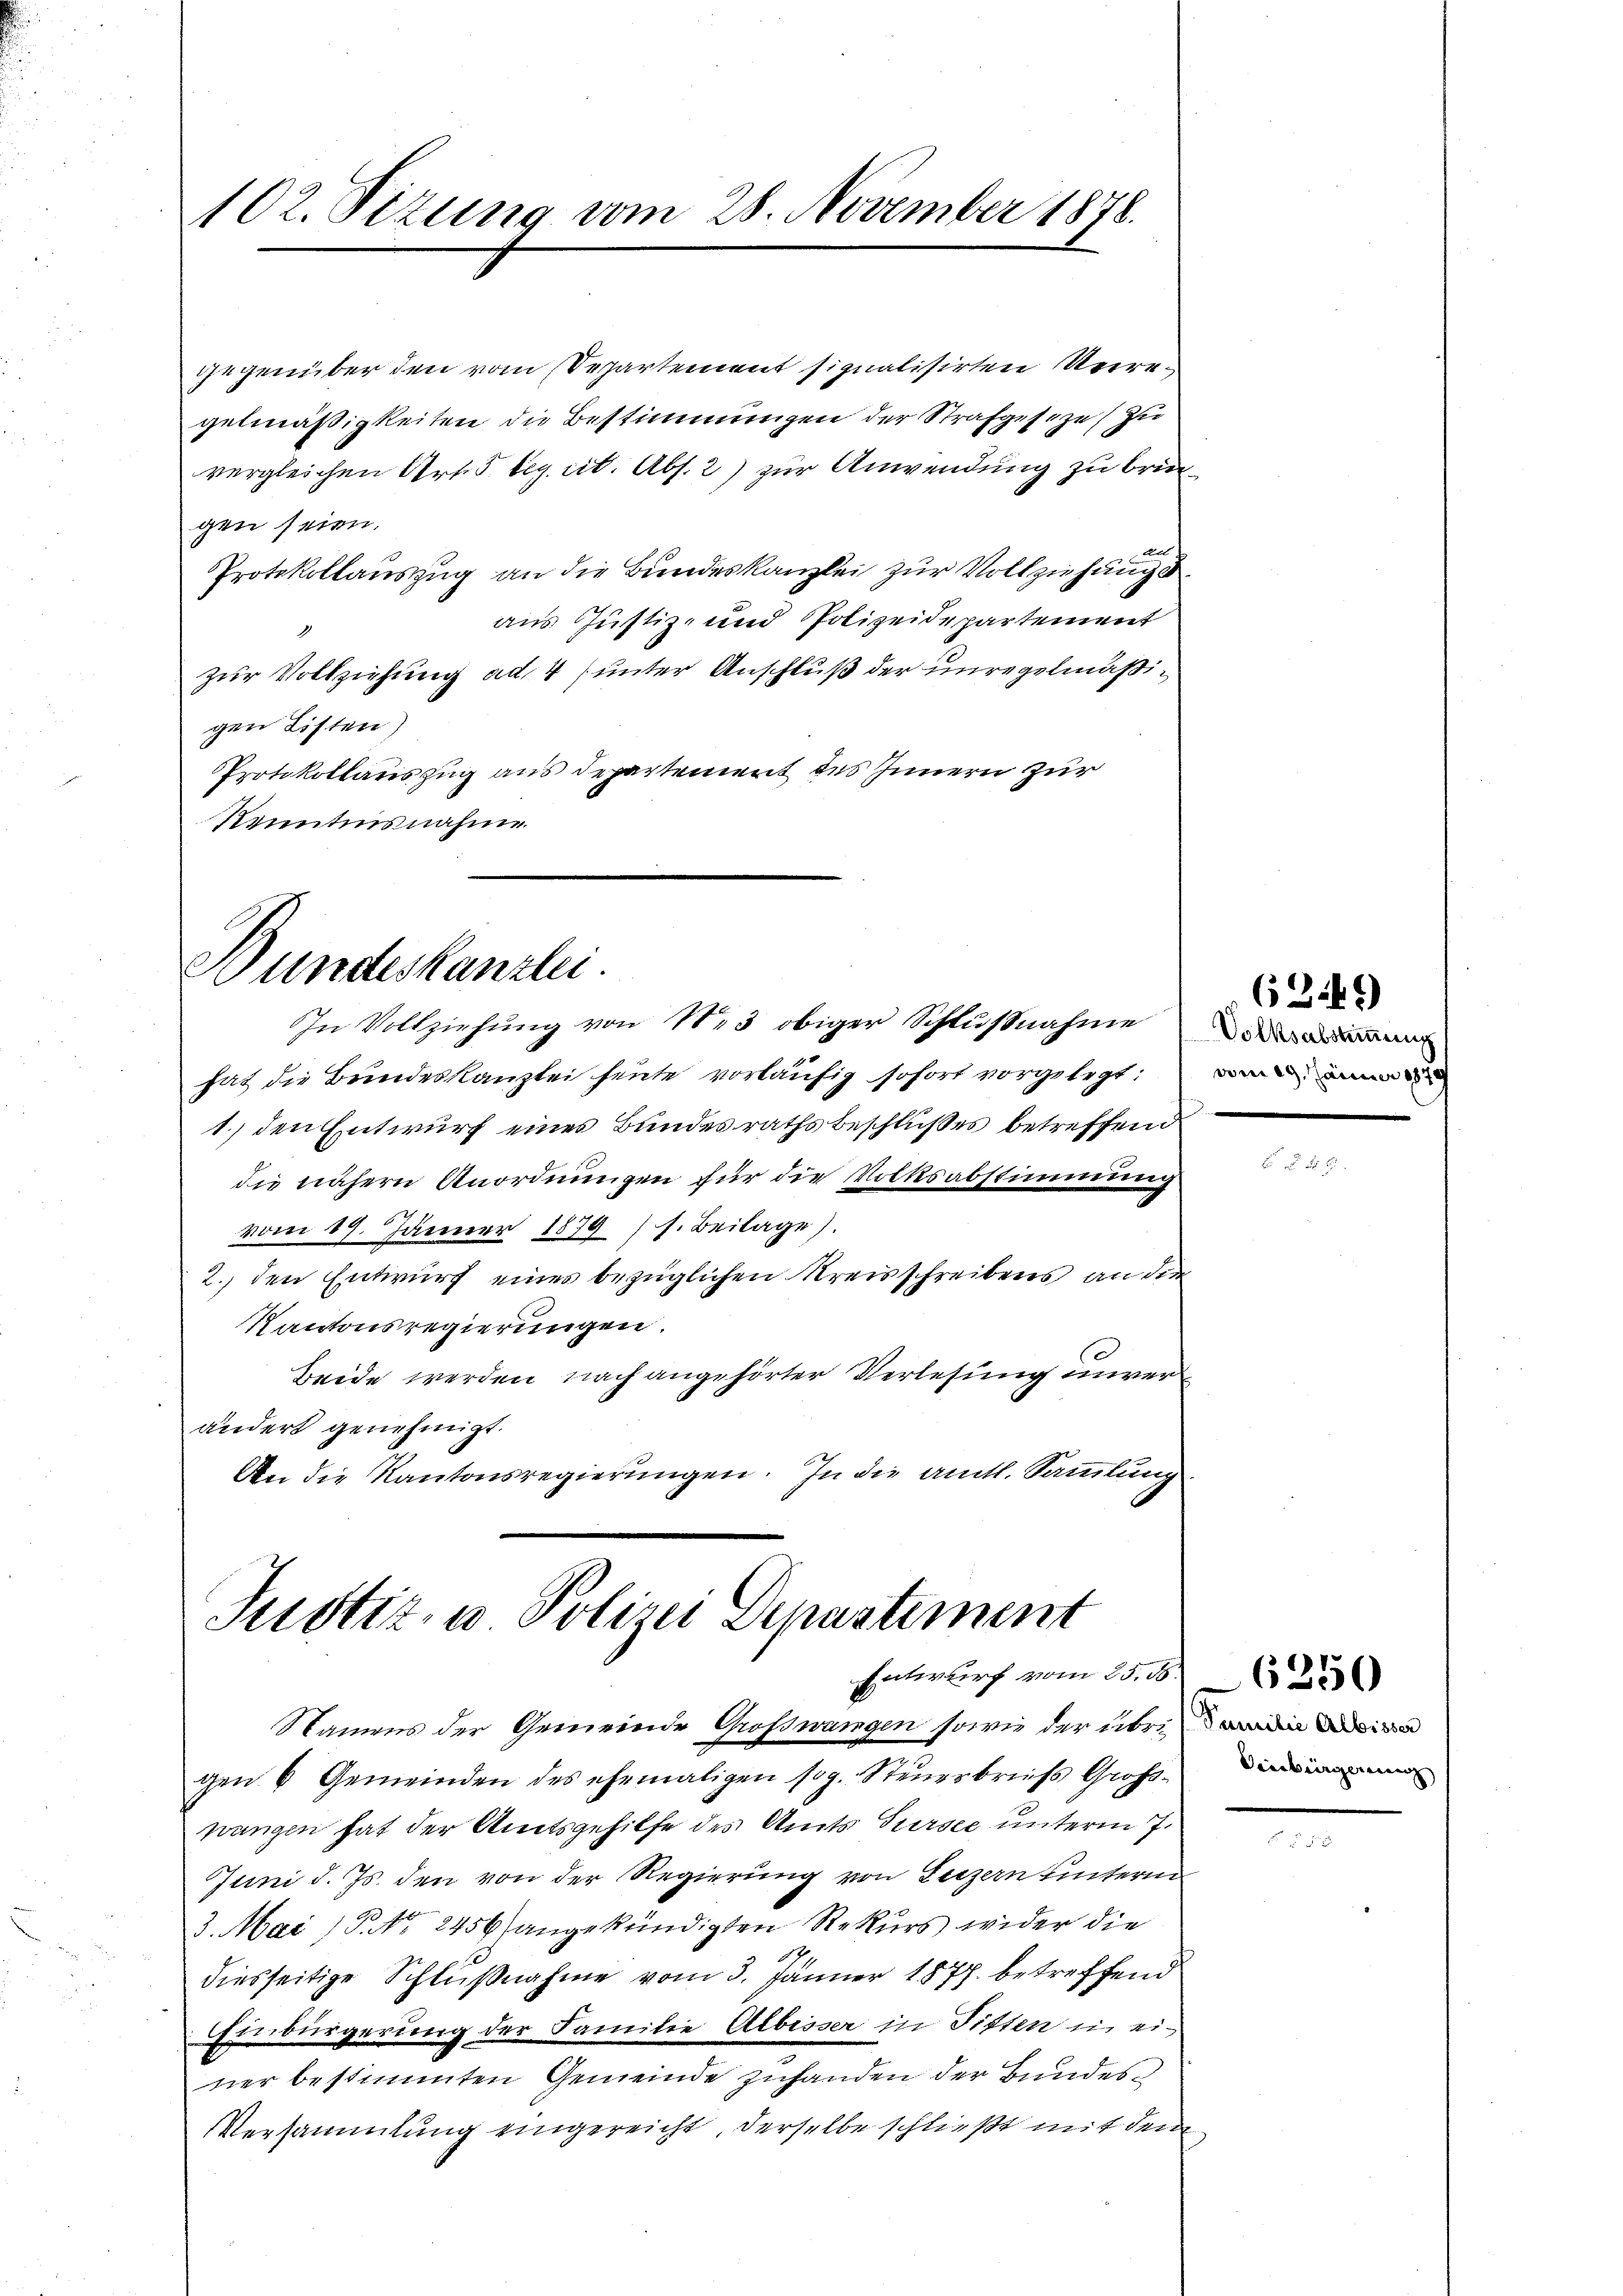
102. Sizung vom 28. November 1878.

gegenüber den vom Departement signalisirten Veregelmäßigkeiten die Bestimmungen der Strafgeseze, zu
vergleichen Art. 5. beg cit. Abs. 2) zur Anwendung zu bringen seien.
All
Protokollauszug an die Bundeskanzlei zur Vollzuhängt
aus Justiz- und Polizeidepartement
zur Vollziehung ad 4 (unter Anschluß der unregelmäßigen Listen,
Protokollauszug aus departement des Innern zur
Kenntnisnahme

Bundeskanzlei.

In Vollziehung von 13 obiger Schlußnahme
hat die Brindeskanzlei heute vorläufig sofort vorgelegt, n
1.) den Entwurf eines Bundesraths beschlußes betreffend
die nähern Anordnungen für die Volksabstimmung
vom 19. Jänner 1879 (s. Beilage).
2. den Entwurf eines bezüglichen Kreisschreibens an der
Kantonsregierungen.
Beide werden nach angehörter Verlesung unver
anders genehmigt.
An die Kantonsregierungen. In die amtl. Sammlung

Justiz- u Polizei Departement
Entwurf vom 25. 56.

Namens der Gemeinde Großwangen sowie der übern in
gen 6 Gemeinden des ehemaligen sog. Steuerbrufs Großwangen hat der Amtsgehilfe des Amts Sursee unterm 7.
Juni d. Js. den von der Regierung von Luzern hinterm
3. Mai (P. Nr. 2456) angekündigten Rekurs wider die
diesseitige Schlußnahme vom 3. Jänner 1877. betreffend
Einbürgerung der Familie Albisser in Sitten in einer bestimmten Gemeinde zuhanden der Bundes¬
Versammlung eingereicht, derselbe schließt mit dem

6349)

Viesbürgernung |

6250